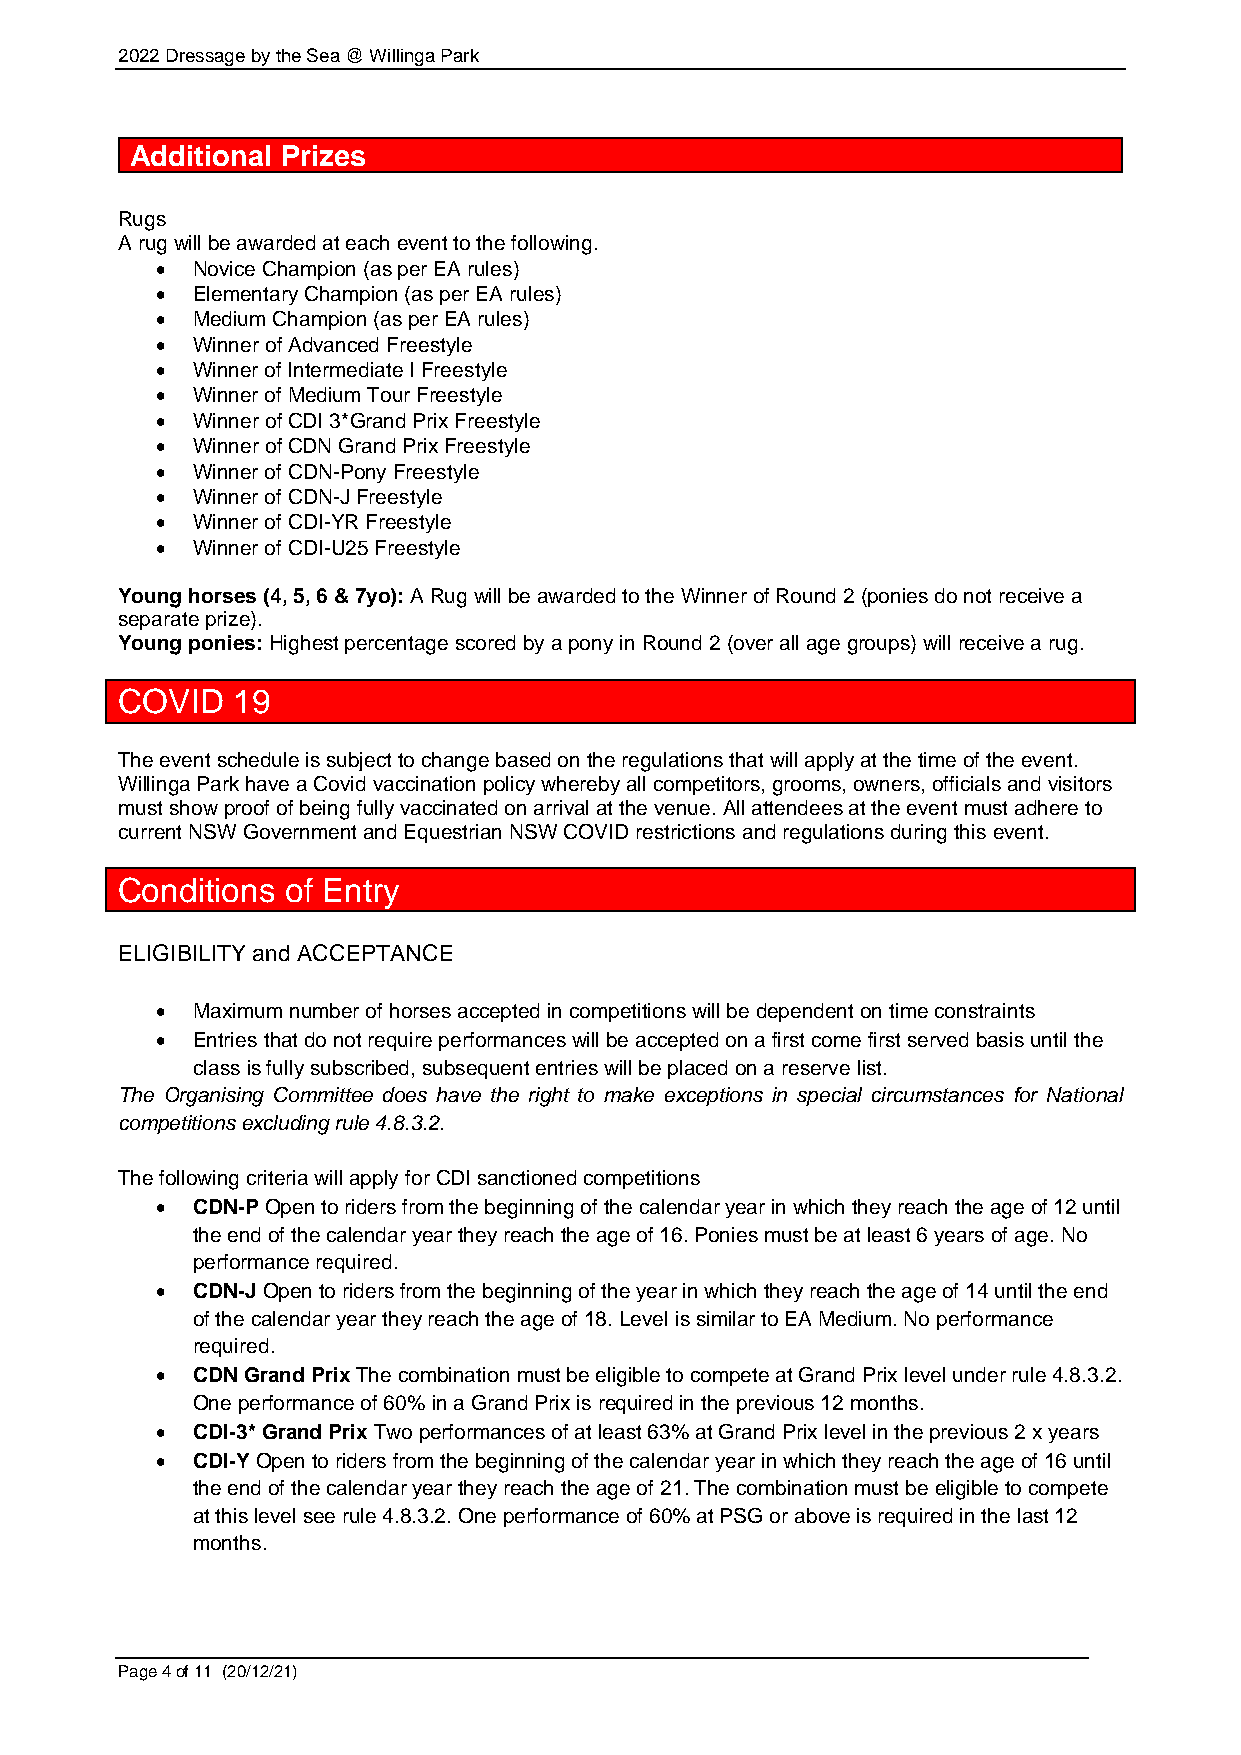
2022 Dressage by the Sea @ Willinga Park
 Additional Prizes
 Rugs
 A rug will be awarded at each event to the following.
 •  Novice Champion (as per EA rules)
 •  Elementary Champion (as per EA rules)
 •  Medium Champion (as per EA rules)
 •  Winner of Advanced Freestyle
 •  Winner of Intermediate I Freestyle
 •  Winner of Medium Tour Freestyle
 •  Winner of CDI 3*Grand Prix Freestyle
 •  Winner of CDN Grand Prix Freestyle
 •  Winner of CDN-Pony Freestyle
 •  Winner of CDN-J Freestyle
 •  Winner of CDI-YR Freestyle
 •  Winner of CDI-U25 Freestyle
 Young horses (4, 5, 6 & 7yo): A Rug will be awarded to the Winner of Round 2 (ponies do not receive a
 separate prize).
 Young ponies: Highest percentage scored by a pony in Round 2 (over all age groups) will receive a rug.
 COVID  19
 The event schedule is subject to change based on the regulations that will apply at the time of the event.
 Willinga Park have a Covid vaccination policy whereby all competitors, grooms, owners, officials and visitors
 must show proof of being fully vaccinated on arrival at the venue. All attendees at the event must adhere to
 current NSW Government and Equestrian NSW COVID restrictions and regulations during this event.
 Conditions of Entry
 ELIGIBILITY and ACCEPTANCE
 •  Maximum number of horses accepted in competitions will be dependent on time constraints
 •  Entries that do not require performances will be accepted on a first come first served basis until the
 class is fully subscribed, subsequent entries will be placed on a reserve list.
 The Organising Committee does have the right to make exceptions in special circumstances for National
 competitions excluding rule 4.8.3.2.
 The following criteria will apply for CDI sanctioned competitions
 •  CDN-P Open to riders from the beginning of the calendar year in which they reach the age of 12 until
 the end of the calendar year they reach the age of 16. Ponies must be at least 6 years of age. No
 performance required.
 •  CDN-J Open to riders from the beginning of the year in which they reach the age of 14 until the end
 of the calendar year they reach the age of 18. Level is similar to EA Medium. No performance
 required.
 •  CDN Grand Prix The combination must be eligible to compete at Grand Prix level under rule 4.8.3.2.
 One performance of 60% in a Grand Prix is required in the previous 12 months.
 •  CDI-3* Grand Prix Two performances of at least 63% at Grand Prix level in the previous 2 x years
 •  CDI-Y Open to riders from the beginning of the calendar year in which they reach the age of 16 until
 the end of the calendar year they reach the age of 21. The combination must be eligible to compete
 at this level see rule 4.8.3.2. One performance of 60% at PSG or above is required in the last 12
 months.
 Page 4 of 11 (20/12/21)